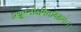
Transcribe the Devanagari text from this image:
प्रद्युम्नोऽमितविक्रमः।।